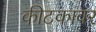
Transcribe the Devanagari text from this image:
कीटकावर